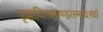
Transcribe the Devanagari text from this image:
वृद्धादित्यमण्डलमध्यस्थां